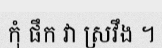
កុំ ផឹក វា ស្រវឹង ។